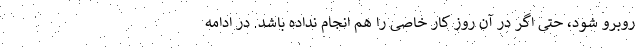
روبرو شود، حتی اگر در آن روز کار خاصی را هم انجام نداده باشد. در ادامه